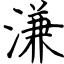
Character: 溓